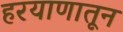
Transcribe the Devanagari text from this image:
हरयाणातून